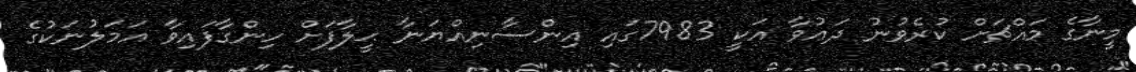
މީނާގެ މައްޗަށް ކުރެވުނު ދަޢުވާ އަކީ 7983ގައި އިންސާނިއްޔަނާ ޙީލާފަށް ހިންގާފައިވާ އަމަލުނަކުގެ